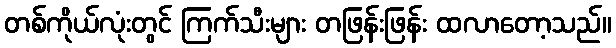
တစ်ကိုယ်လုံးတွင် ကြက်သီးများ တဖြန်းဖြန်း ထလာတော့သည်။